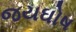
જયઘોષ